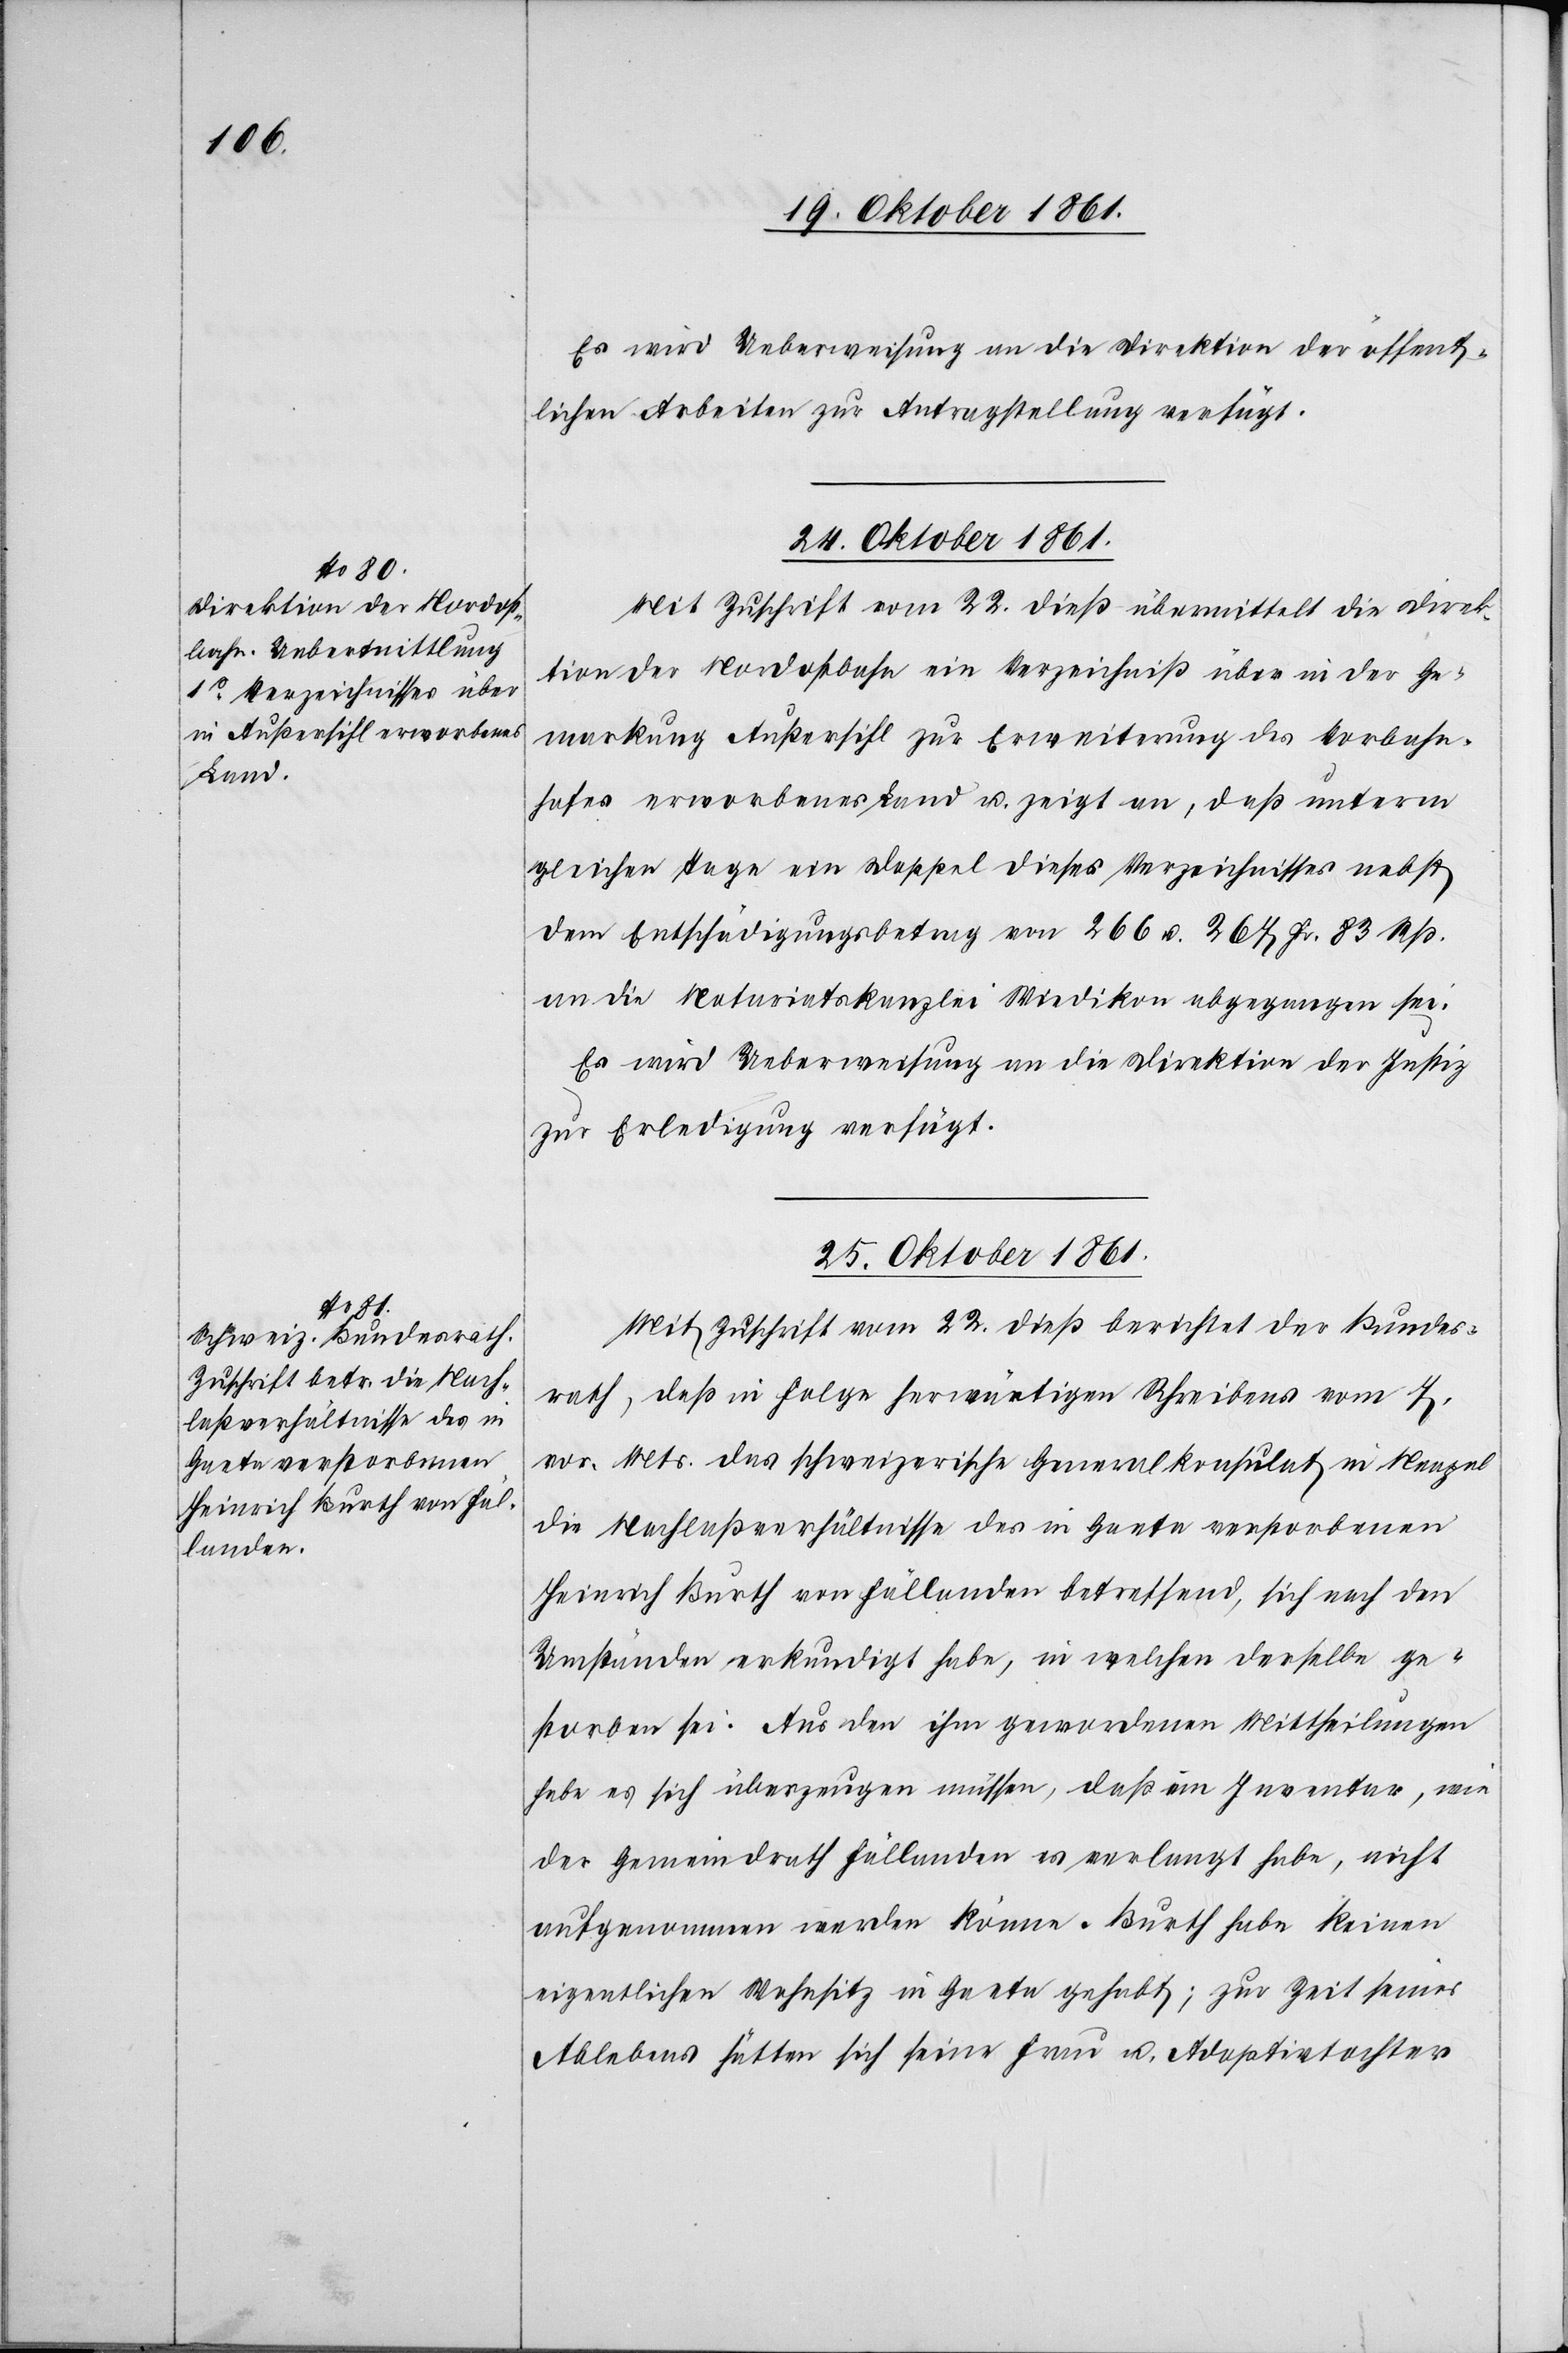
Es wird Ueberweisung an die Direktion der öffent¬
lichen Arbeiten zur Antragstellung verfügt.
24 Oktober 1861.
Mit Zuschrift vom 22 dieß übermittelt die Direk¬
tion der Nordostbahn ein Verzeichniß über in der Ge¬
markung Außersihl zur Erweiterung des Vorbahn¬
hofes erworbenes Land u. zeigt an, daß unterm
gleichen Tage ein Doppel dieses Verzeichnisses nebst
dem Entschädigungsbetrag von 266 u. 267 Fr. 83 Rp.
an die Notariatskanzlei Wiedikon abgegangen sei.
Es wird Ueberweisung an die Direktion der Justiz
zur Erledigung verfügt.
25 Oktober 1861.
Mit Zuschrift vom 22 dieß berichtet der Bundes¬
rath, daß in Folge herwärtigen Schreibens vom 4
vor. Mts. das schweizerische Generalkonsulat in Neapel
die Nachlaßverhältnisse des in Gaeta verstorbenen
Heinrich Burth von Fällanden betreffend, sich nach den
Umständen erkundiget habe, in welchen derselbe ge¬
storben sei. Aus den ihm gewordenen Mittheilungen
habe es sich überzeugen müssen, daß ein Inventar, wie
der Gemeindrath Fällanden es verlangt habe, nicht
aufgenommen werden könne. Burth habe keinen
eigentlichen Wohnsitz in Gaeta gehabt; zur Zeit seines
Ablebens hätten sich seine Frau u. Adoptivtocher